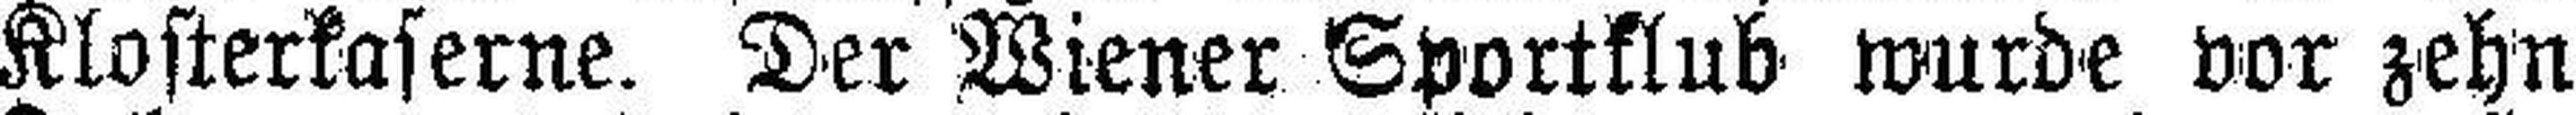
Klosterkaserne. Der Wiener Sportklub wurde vor zehn